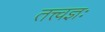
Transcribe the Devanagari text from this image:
तत्त्वज्ञः